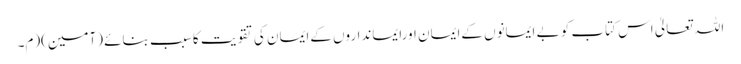
اللہ تعالیٰ اس کتاب کو بے ایمانوں کےایمان اورایمانداروں کےایمان کی تقویت کاسبب بنائے (آمین)(م۔